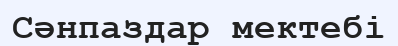
Сәнпаздар мектебі